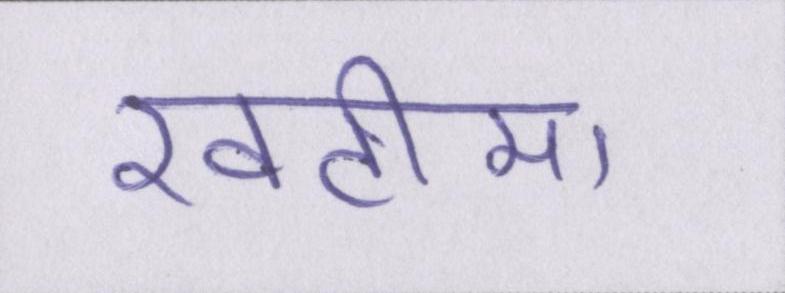
खटीमा